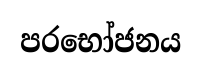
පරභෝජනය